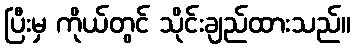
ပြီးမှ ကိုယ်တွင် သိုင်းချည်ထားသည်။